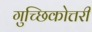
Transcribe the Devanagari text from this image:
गुच्छिकोत्तरी